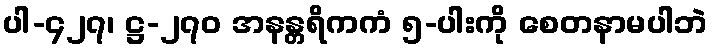
ပါ-၄၂၇၊ ဋ္ဌ-၂၇၀ အနန္တရိကကံ ၅-ပါးကို စေတနာမပါဘဲ